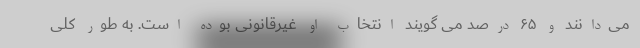
می‌دانند و ۶۵ درصد می گویند انتخاب او غیرقانونی بوده است. به طور کلی